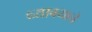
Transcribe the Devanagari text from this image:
ध्यावयाचे